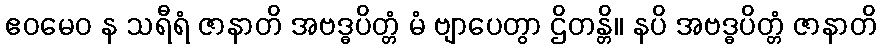
ဧဝမေဝ န သရီရံ ဇာနာတိ အဗဒ္ဓပိတ္တံ မံ ဗျာပေတွာ ဌိတန္တိ။ နပိ အဗဒ္ဓပိတ္တံ ဇာနာတိ